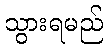
သွားရမည်